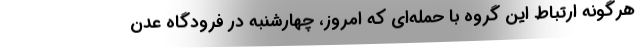
هرگونه ارتباط این گروه با حمله‌ای که امروز، چهارشنبه در فرودگاه عدن